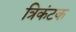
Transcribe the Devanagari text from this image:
त्रिकंटक